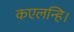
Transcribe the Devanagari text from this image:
कएलन्हि।